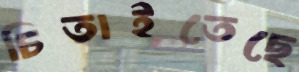
চিতাইতেছে